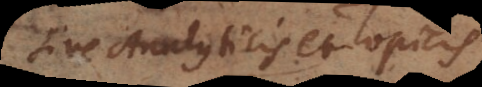
sive Analyticis et Topicis,